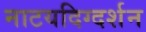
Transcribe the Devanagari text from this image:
नाटयदिग्दर्शन